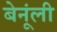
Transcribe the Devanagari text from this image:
बेनूंली